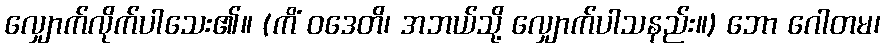
လျှောက်လိုက်ပါသေး၏။ (ကိံ ဝဒေတိ၊ အဘယ်သို့ လျှောက်ပါသနည်း။) ဘော ဂေါတမ၊